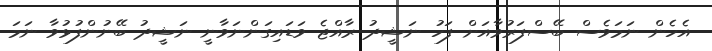
އެހެން ނަމަވެސް ބޭސްފަރުވާއަށް ފަހު ނަޝީދު ރާއްޖެ ވަޑައިގަންނަވާނީ ނަޝީދު ބޭނުންފުޅުވާ ނަމަ